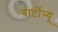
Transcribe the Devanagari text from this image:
बार्टोन्यू